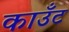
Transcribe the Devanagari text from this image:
काउँट